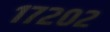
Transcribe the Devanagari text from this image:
१७२०२